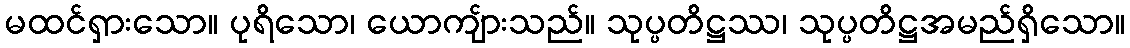
မထင်ရှားသော။ ပုရိသော၊ ယောကျ်ားသည်။ သုပ္ပတိဋ္ဌဿ၊ သုပ္ပတိဋ္ဌအမည်ရှိသော။